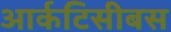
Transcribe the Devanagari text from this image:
आर्कटिसीबस